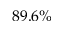
8 9 . 6 \%